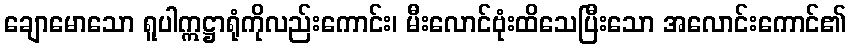
ချောမောသော ရူပါဣဋ္ဌာရုံကိုလည်းကောင်း၊ မီးလောင်ဗုံးထိသေပြီးသော အလောင်းကောင်၏